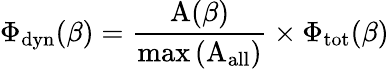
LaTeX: \Phi_{\mathrm{dyn}}(\beta)=\frac{\mathrm{A}(\beta)}{\mathrm{max}\left(\mathrm{A_{\mathrm{all}}}\right)}\times\Phi_{\mathrm{tot}}(\beta)